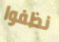
نظفوا